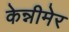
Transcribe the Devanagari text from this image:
केन्नीमेर